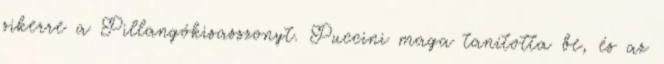
sikerre a Pillangókisasszonyt. Puccini maga tanította be, és az